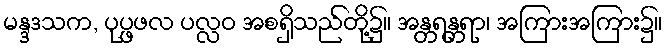
မန္ဒဒသက, ပုပ္ဖဖလ ပလ္လဝ အစရှိသည်တို့၌။ အန္တရန္တရာ၊ အကြားအကြား၌။